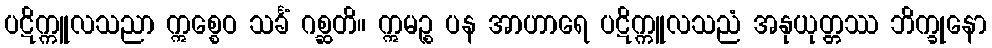
ပဋိက္ကူလသညာ ဣစ္စေဝ သင်္ခံ ဂစ္ဆတိ။ ဣမဉ္စ ပန အာဟာရေ ပဋိက္ကူလသညံ အနုယုတ္တဿ ဘိက္ခုနော